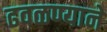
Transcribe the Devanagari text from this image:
ढवळण्याने